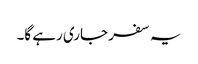
یہ سفر جاری رہے گا۔